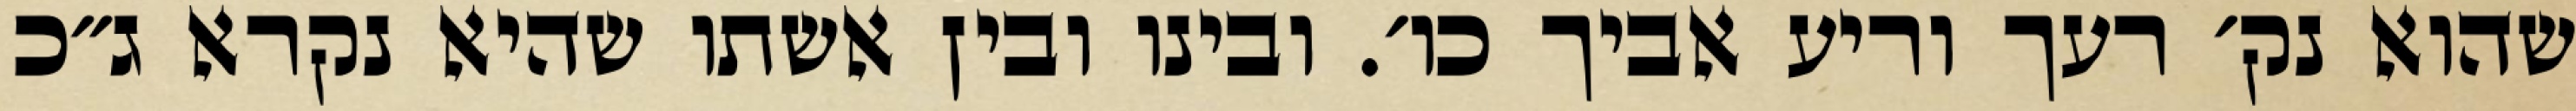
שהוא נק׳ רעך וריע אביך כו׳. ובינו ובין אשתו שהיא נקרא ג״כ